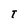
Character: T